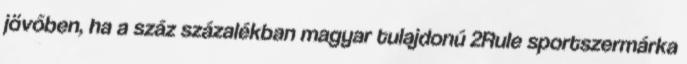
jövőben, ha a száz százalékban magyar tulajdonú 2Rule sportszermárka